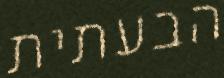
הבעתית